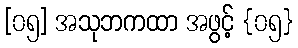
[၀၅] အသုဘကထာ အဖွင့် {၀၅}